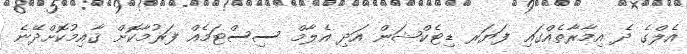
އެލްގެ ދެ އިމާރާތެއްގައި ފަޔަރ ޑިޓެކްޝަން އަދި އެލާމް ސިސްޓަމެއް ފަރުމާކޮށް ޤާއިމުކޮށްދޭނެ